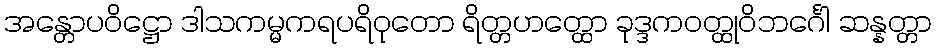
အန္တောပဝိဋ္ဌော ဒါသကမ္မကရပရိဝုတော ရိတ္တဟတ္ထော ခုဒ္ဒကဝတ္ထုဝိဘင်္ဂေါ ဆန္နတ္တာ